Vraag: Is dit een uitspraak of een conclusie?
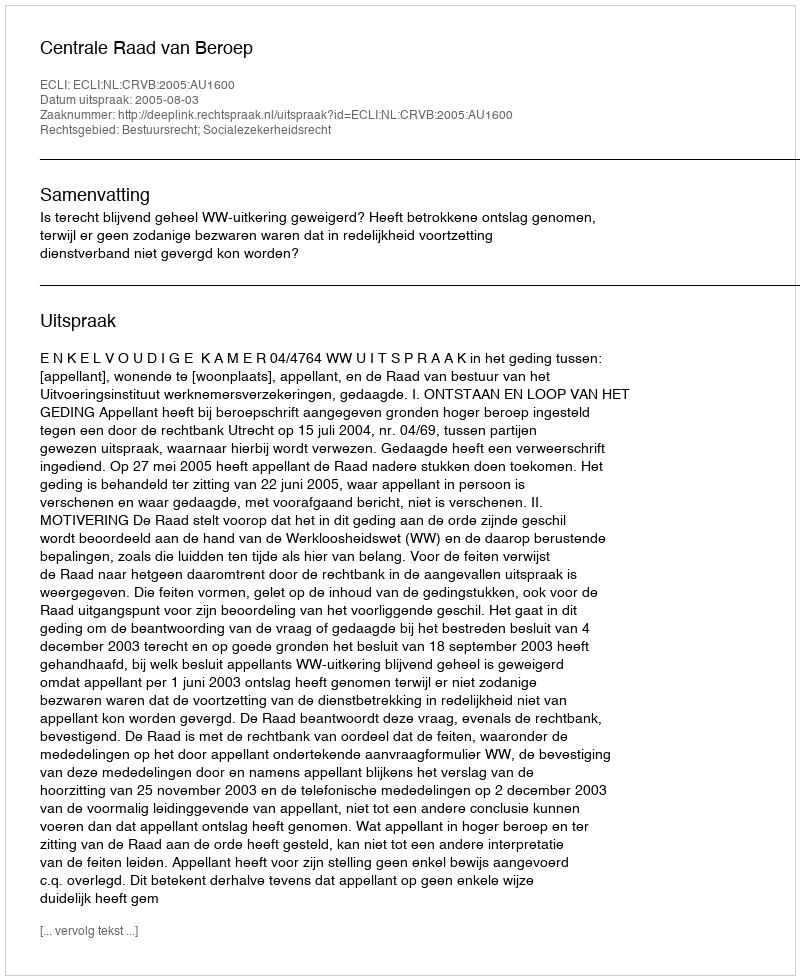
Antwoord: Uitspraak